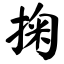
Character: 掬